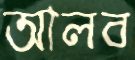
আলব